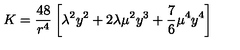
K = \frac { 4 8 } { r ^ { 4 } } \left[ \lambda ^ { 2 } y ^ { 2 } + 2 \lambda \mu ^ { 2 } y ^ { 3 } + \frac { 7 } { 6 } \mu ^ { 4 } y ^ { 4 } \right]